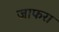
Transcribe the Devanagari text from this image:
जाफरा